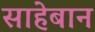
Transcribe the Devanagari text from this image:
साहेबान